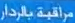
مراقبة بلادنا